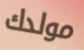
مولدك